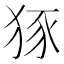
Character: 𤞱